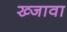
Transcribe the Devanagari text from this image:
ख्जावा